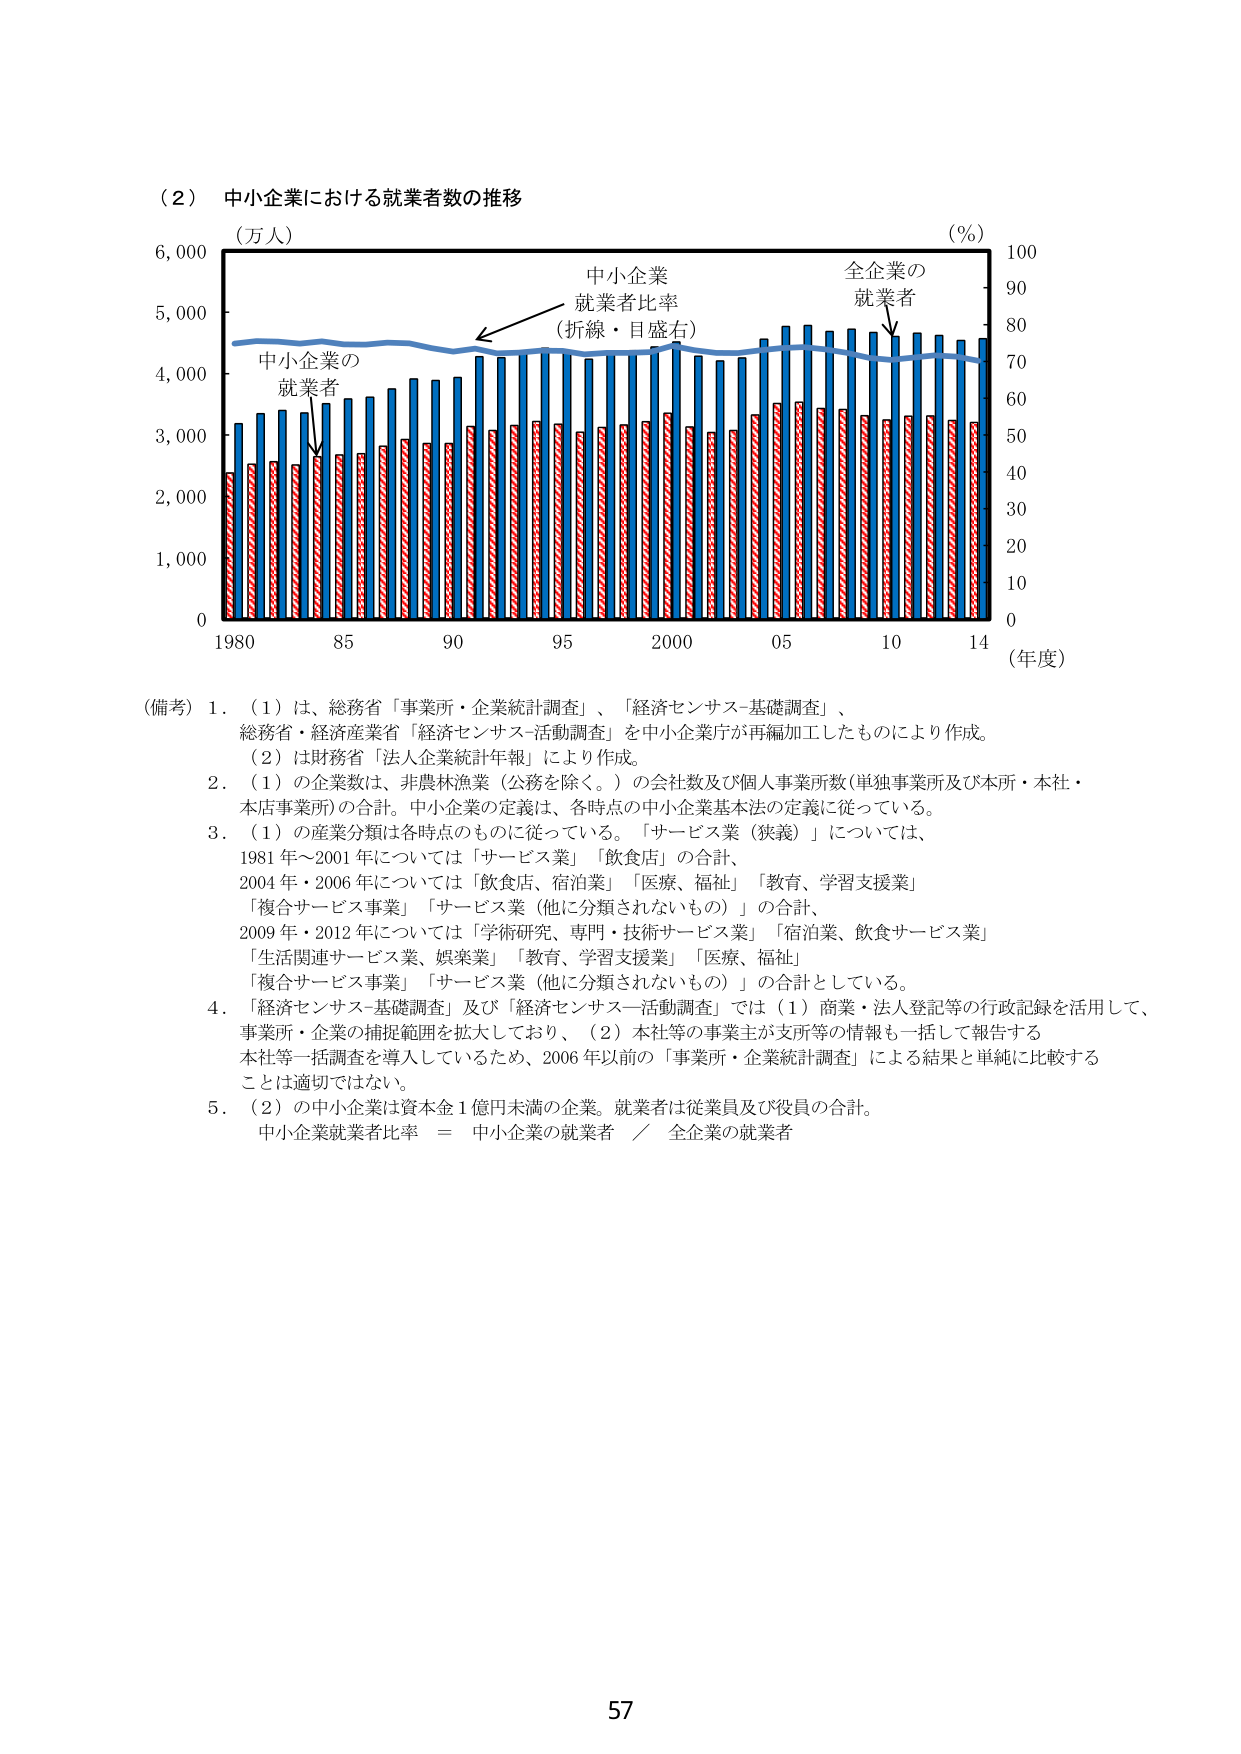
（２） 中小企業における就業者数の推移

（万人）　　　　　　　　　　　　　　　　　　　　　　　　　　　　　（％）

6,000　　　　　　　　　　　　　　　　　　　　　　　　　　　　　　　100

　　　　　　　　　　　　　　　　　　　　　　　　　　　　　　　　　90

　　　　　　　　　　　　　　　　　　　　　　　　　　　　　　　　　80

　　　　　　　　　　　　　　　　　　　　　　　　　　　　　　　　　70

　　　　　　　　　　　　　　　　　　　　　　　　　　　　　　　　　60

　　　　　　　　　　　　　　　　　　　　　　　　　　　　　　　　　50

　　　　　　　　　　　　　　　　　　　　　　　　　　　　　　　　　40

　　　　　　　　　　　　　　　　　　　　　　　　　　　　　　　　　30

　　　　　　　　　　　　　　　　　　　　　　　　　　　　　　　　　20

　　　　　　　　　　　　　　　　　　　　　　　　　　　　　　　　　10

　　　　　　　　　　　　　　　　　　　　　　　　　　　　　　　　　0

　　　　　　　　　　　　　　　　　　　　　　　　　　　　　　　　　（年度）

　　　　　　　　　　　　　　　　　　　　　　　　　　　　　　　　　1980　85　90　95　2000　05　10　14

　　　　　　　　　　　　　　　　　　　　　　　　　　　　　　　　　0